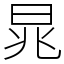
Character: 晁